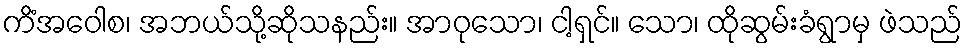
ကိံအဝေါစ၊ အဘယ်သို့ဆိုသနည်း။ အာဝုသော၊ ငါ့ရှင်။ သော၊ ထိုဆွမ်းခံရွာမှ ဖဲသည်